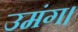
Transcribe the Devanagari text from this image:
उमंग।